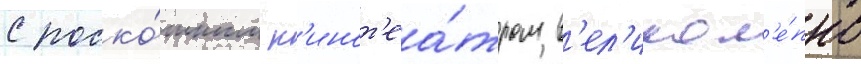
с роско́шным к'инот'еа́тром в'ел'икол'е́пно